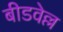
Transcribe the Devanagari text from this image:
बीडवेल्ल